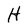
Character: H